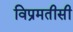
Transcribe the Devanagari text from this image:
विप्रमतीसी